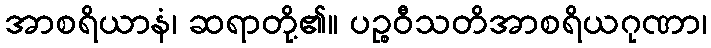
အာစရိယာနံ၊ ဆရာတို့၏။ ပဉ္စဝီသတိအာစရိယဂုဏာ၊